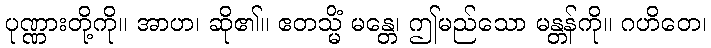
ပုဏ္ဏားတို့ကို။ အာဟ၊ ဆို၏။ ဧတသ္မိံ မန္တေ၊ ဤမည်သော မန္တန်ကို။ ဂဟိတေ၊